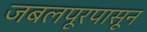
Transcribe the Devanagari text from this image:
जबलपूरपासून